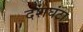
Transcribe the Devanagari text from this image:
दशघंटा